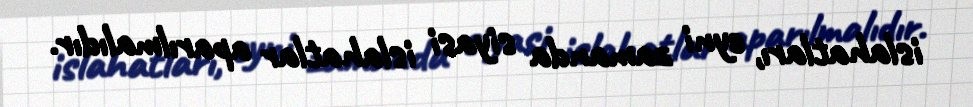
islahatları, eyni zamanda siyasi islahatlar aparılmalıdır.